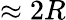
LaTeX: \approx 2R